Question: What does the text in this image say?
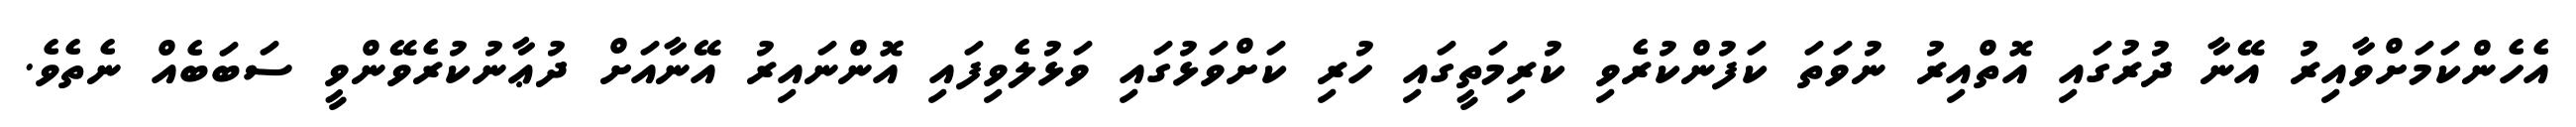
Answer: އެހެންކަމަށްވާއިރު އޭނާ ދުރުގައި އޮތްއިރު ނުވަތަ ކަފުންކުރެވި ކުރިމަތީގައި ހުރި ކަށްވަޅުގައި ވަޅުލެވިފައި އޮންނައިރު އޭނާއަށް ދުޢާނުކުރެވޭންވީ ސަބަބެއް ނެތެވެ.